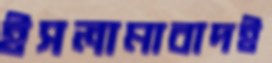
ইসলামাবাদই